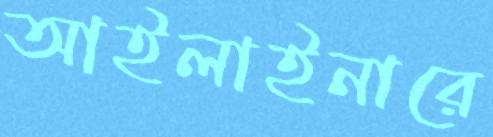
আইলাইনারে